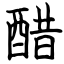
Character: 醋